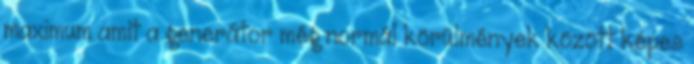
maximum amit a generátor még normál körülmények között képes